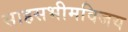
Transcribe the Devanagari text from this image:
साहसभीमविजय